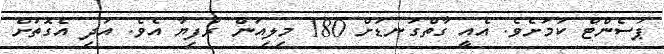
ޕަސެންޓް ކަމަށެވެ. އެއީ ގާތްގަނޑަށް 180 މިލިއަން ރުފިޔާ އެވެ. އަދި އެގޮތަށް